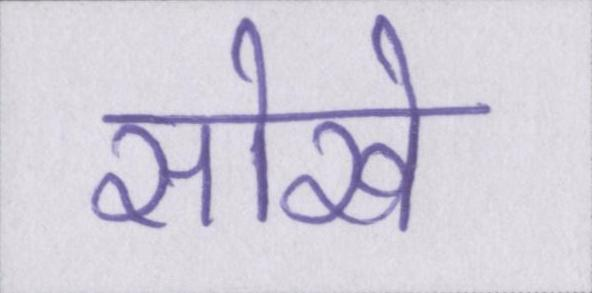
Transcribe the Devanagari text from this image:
सोखे